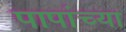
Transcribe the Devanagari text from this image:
पापांच्या